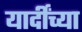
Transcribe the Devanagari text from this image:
यार्दींच्या